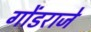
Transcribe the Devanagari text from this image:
गोंडराजे